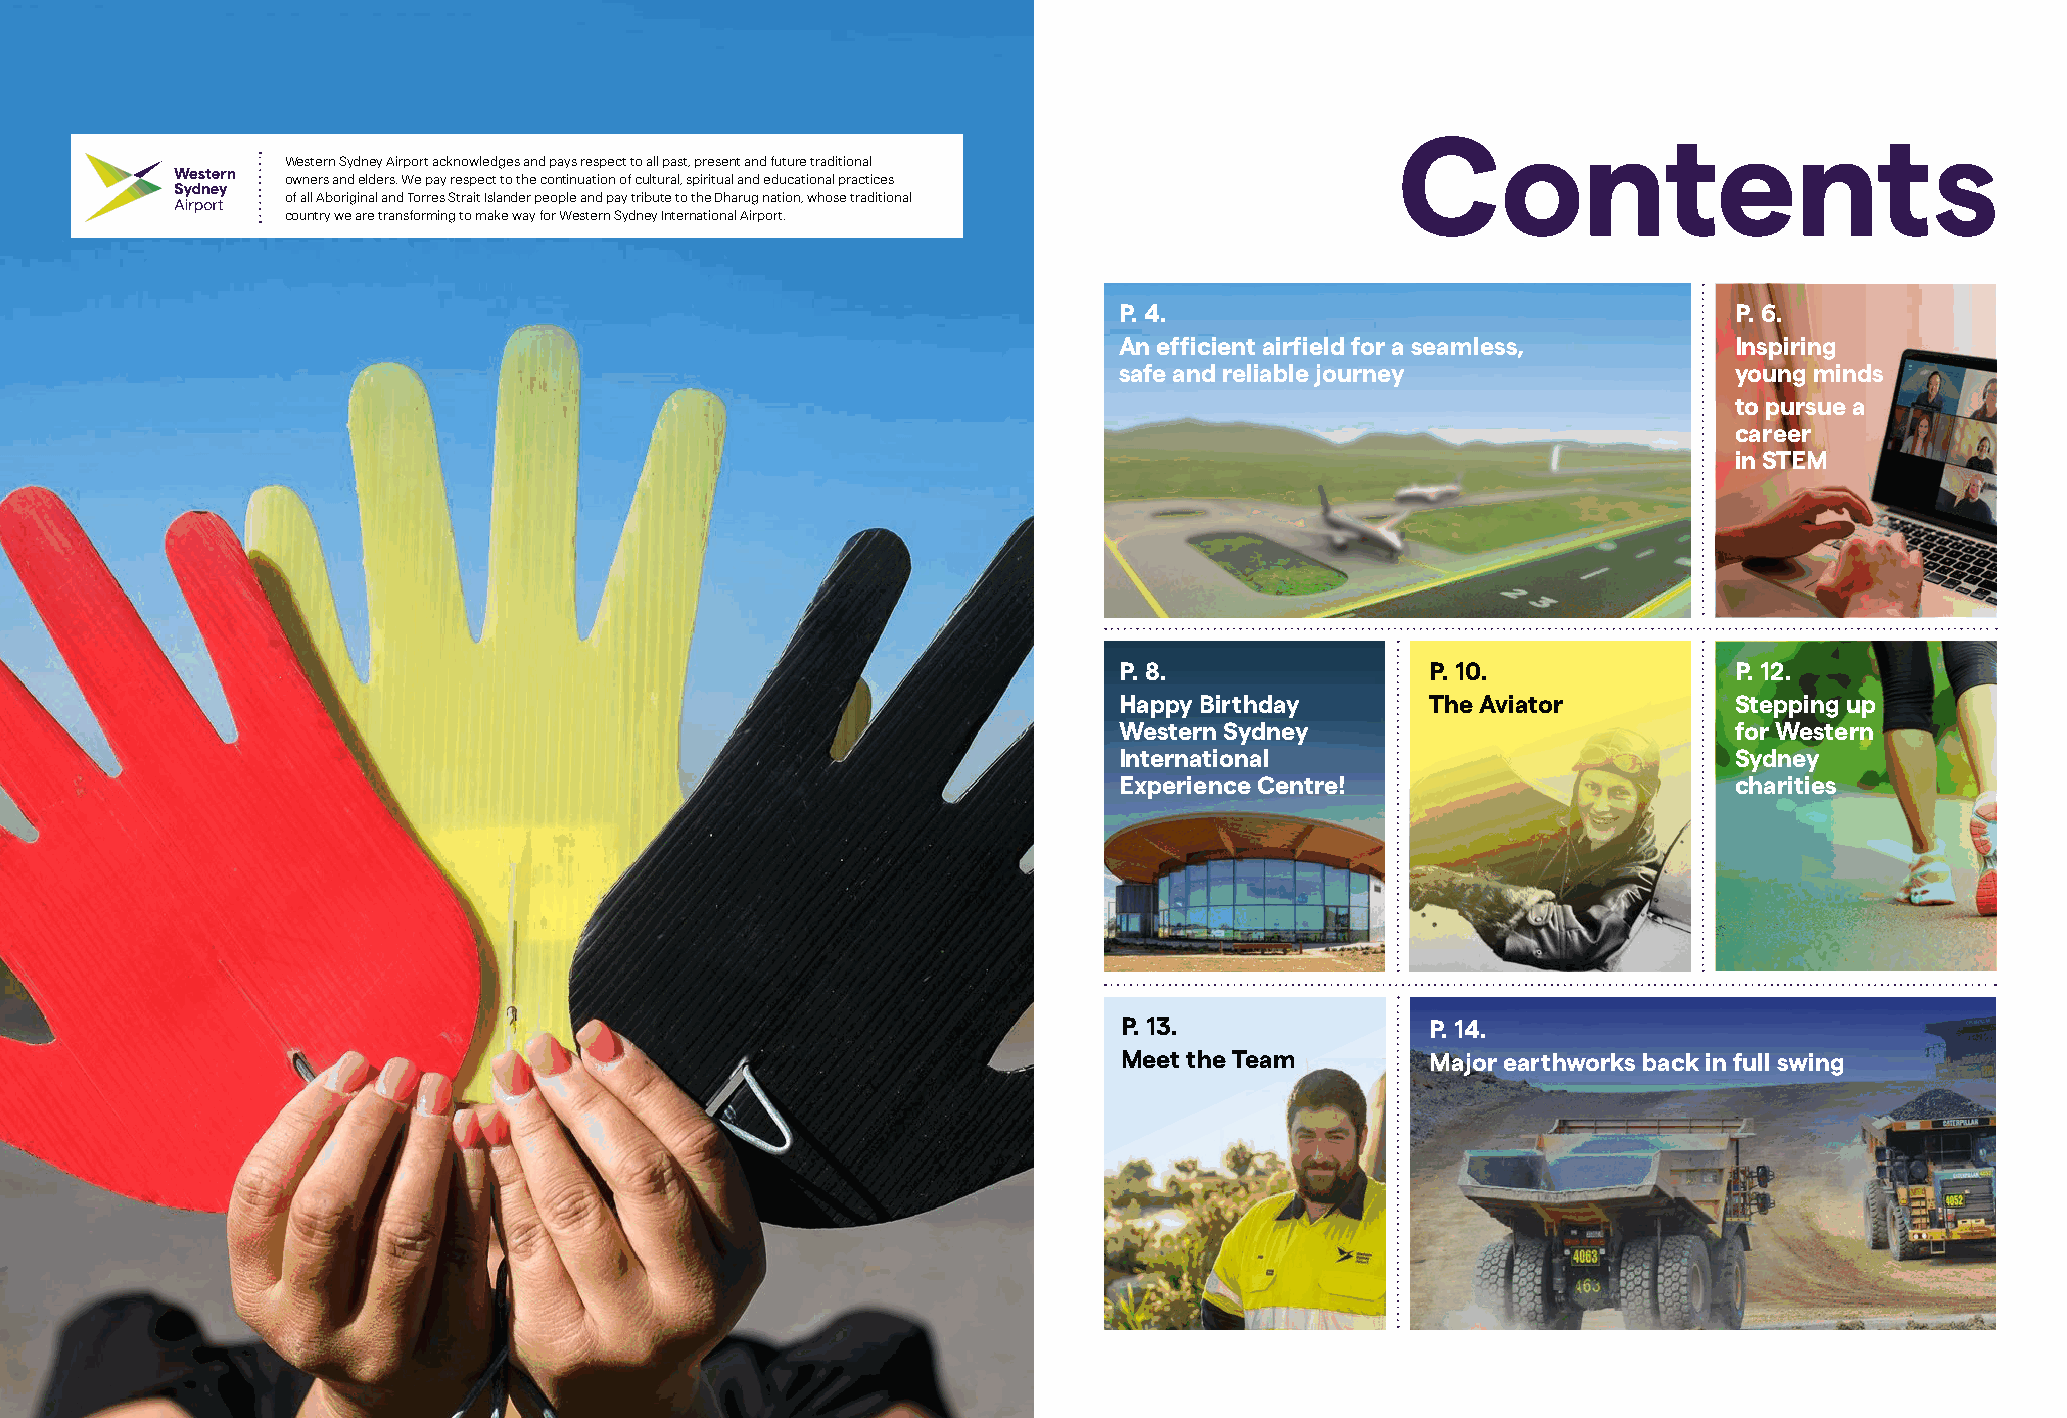
Contents
 Western Sydney Airport acknowledges and pays respect to all past, present and future traditional
 owners and elders. We pay respect to the continuation of cultural, spiritual and educational practices
 of all Aboriginal and Torres Strait Islander people and pay tribute to the Dharug nation, whose traditional
 country we are transforming to make way for Western Sydney International Airport.
 P. 4.                                    P. 6.
 An efficient airfield for a seamless,    Inspiring
 safe and reliable journey                young minds
 to pursue a
 career
 in STEM
 P. 8.                P. 10.              P. 12.
 Happy Birthday       The Aviator         Stepping up
 Western Sydney                           for Western
 International                            Sydney
 Experience Centre!                       charities
 P. 13.               P. 14.
 Meet the Team        Major earthworks back in full swing